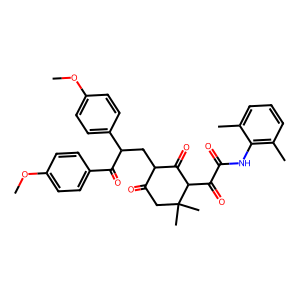
SMILES: COc1ccc(C(=O)C(CC2C(=O)CC(C)(C)C(C(=O)C(=O)Nc3c(C)cccc3C)C2=O)c2ccc(OC)cc2)cc1
Inhibits HIV replication: No